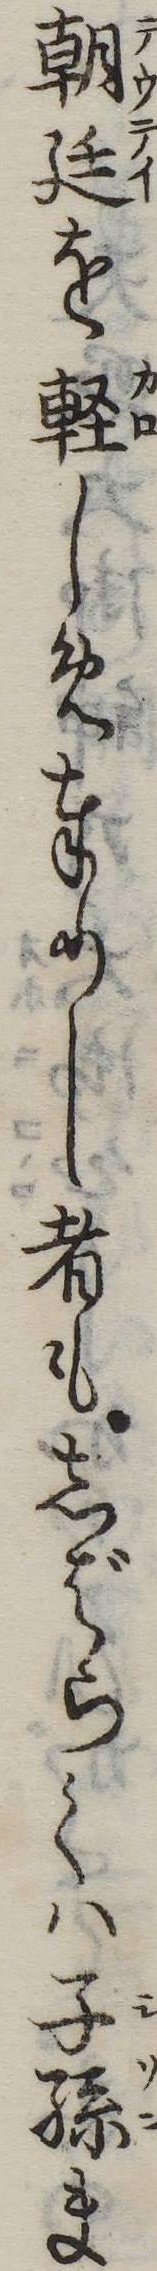
朝廷を軽しめ奉りし者もしばらくは子孫ま